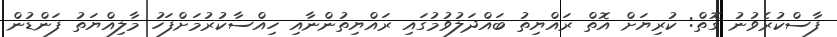
ފާސްކުރެވުނު ގޮތް: ކުރިޔަށް އޮތް ރައްޔިތު ބައްދަލުވުމުގައި ރައްޔިތުންނާއި ހިއްސާކުރުމަށްފަހު މާލިއްޔަތު ފަންޑުން